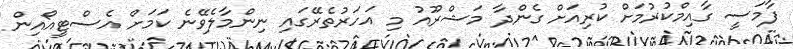
ފާމަސީ ގާއިމްކުރުމަށް ކުރިއަށް ގެންދާ މަޝްރޫއު މި އަހަރުތެރޭގައި ނިންމާލެވޭނެ ކަމަށް އެސްޓީއޯއިން